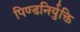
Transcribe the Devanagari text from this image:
पिण्डनिर्युक्ति